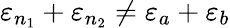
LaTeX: \varepsilon_{n_{1}}+\varepsilon_{n_{2}}\neq\varepsilon_{a}+\varepsilon_{b}